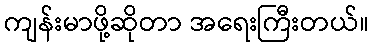
ကျန်းမာဖို့ဆိုတာ အရေးကြီးတယ်။